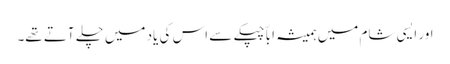
اور ایسی شام میں ہمیشہ اباّ چپکے سے اس کی یاد میں چلے آتے تھے۔